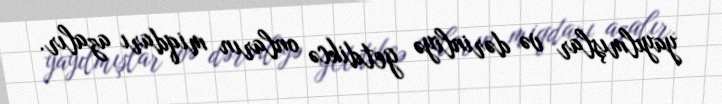
yayılmışlar və dərinliyə getdikcə onların miqdarı azalır.